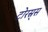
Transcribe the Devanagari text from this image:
टोरस्र्स